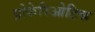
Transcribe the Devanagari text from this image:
प्रोकेरिओटिक